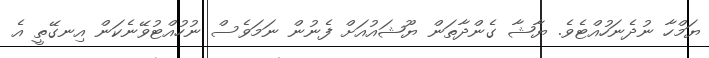
ޔަމްހާ ނުދެނަހުއްޓެވެ. ޔާޝާ ގެންދާތަން ޔޫޝައުއަށް ފެނުން ނަމަވެސް ނުހުއްޓުވޭނެކަން އިނގޭތީ އެ